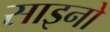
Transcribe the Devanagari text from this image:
साइनो